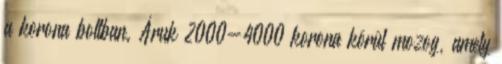
a korona boltban. Áruk 2000-4000 korona körül mozog, amely